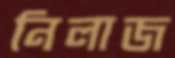
নিলাজ